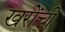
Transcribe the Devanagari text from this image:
खरोंची